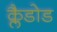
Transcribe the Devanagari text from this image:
क्लैडोड